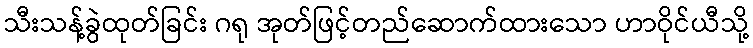
သီးသန့်ခွဲထုတ်ခြင်း ဂရု အုတ်ဖြင့်တည်ဆောက်ထားသော ဟာဝိုင်ယီသို့